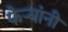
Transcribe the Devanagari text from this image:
फेऱ्यांनी